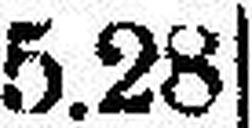
5.28